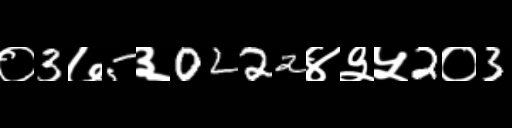
Text: ०3७5३0222४३५2०3